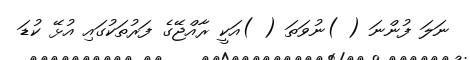
ނަލަ ފުންނަ ( )ނުވަތަ ( )އަކީ ރާއްޖޭގެ ފަރުތަކުގައި އުޅޭ ކުޑަ